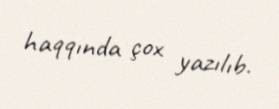
haqqında çox yazılıb.